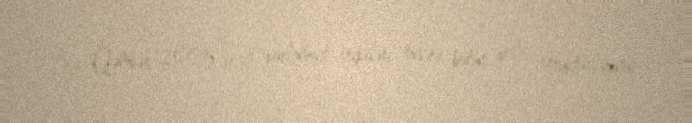
İsa Qəmbər 2005-ci il parlament seçkiləri öncəsi bütün polis strukturlarının